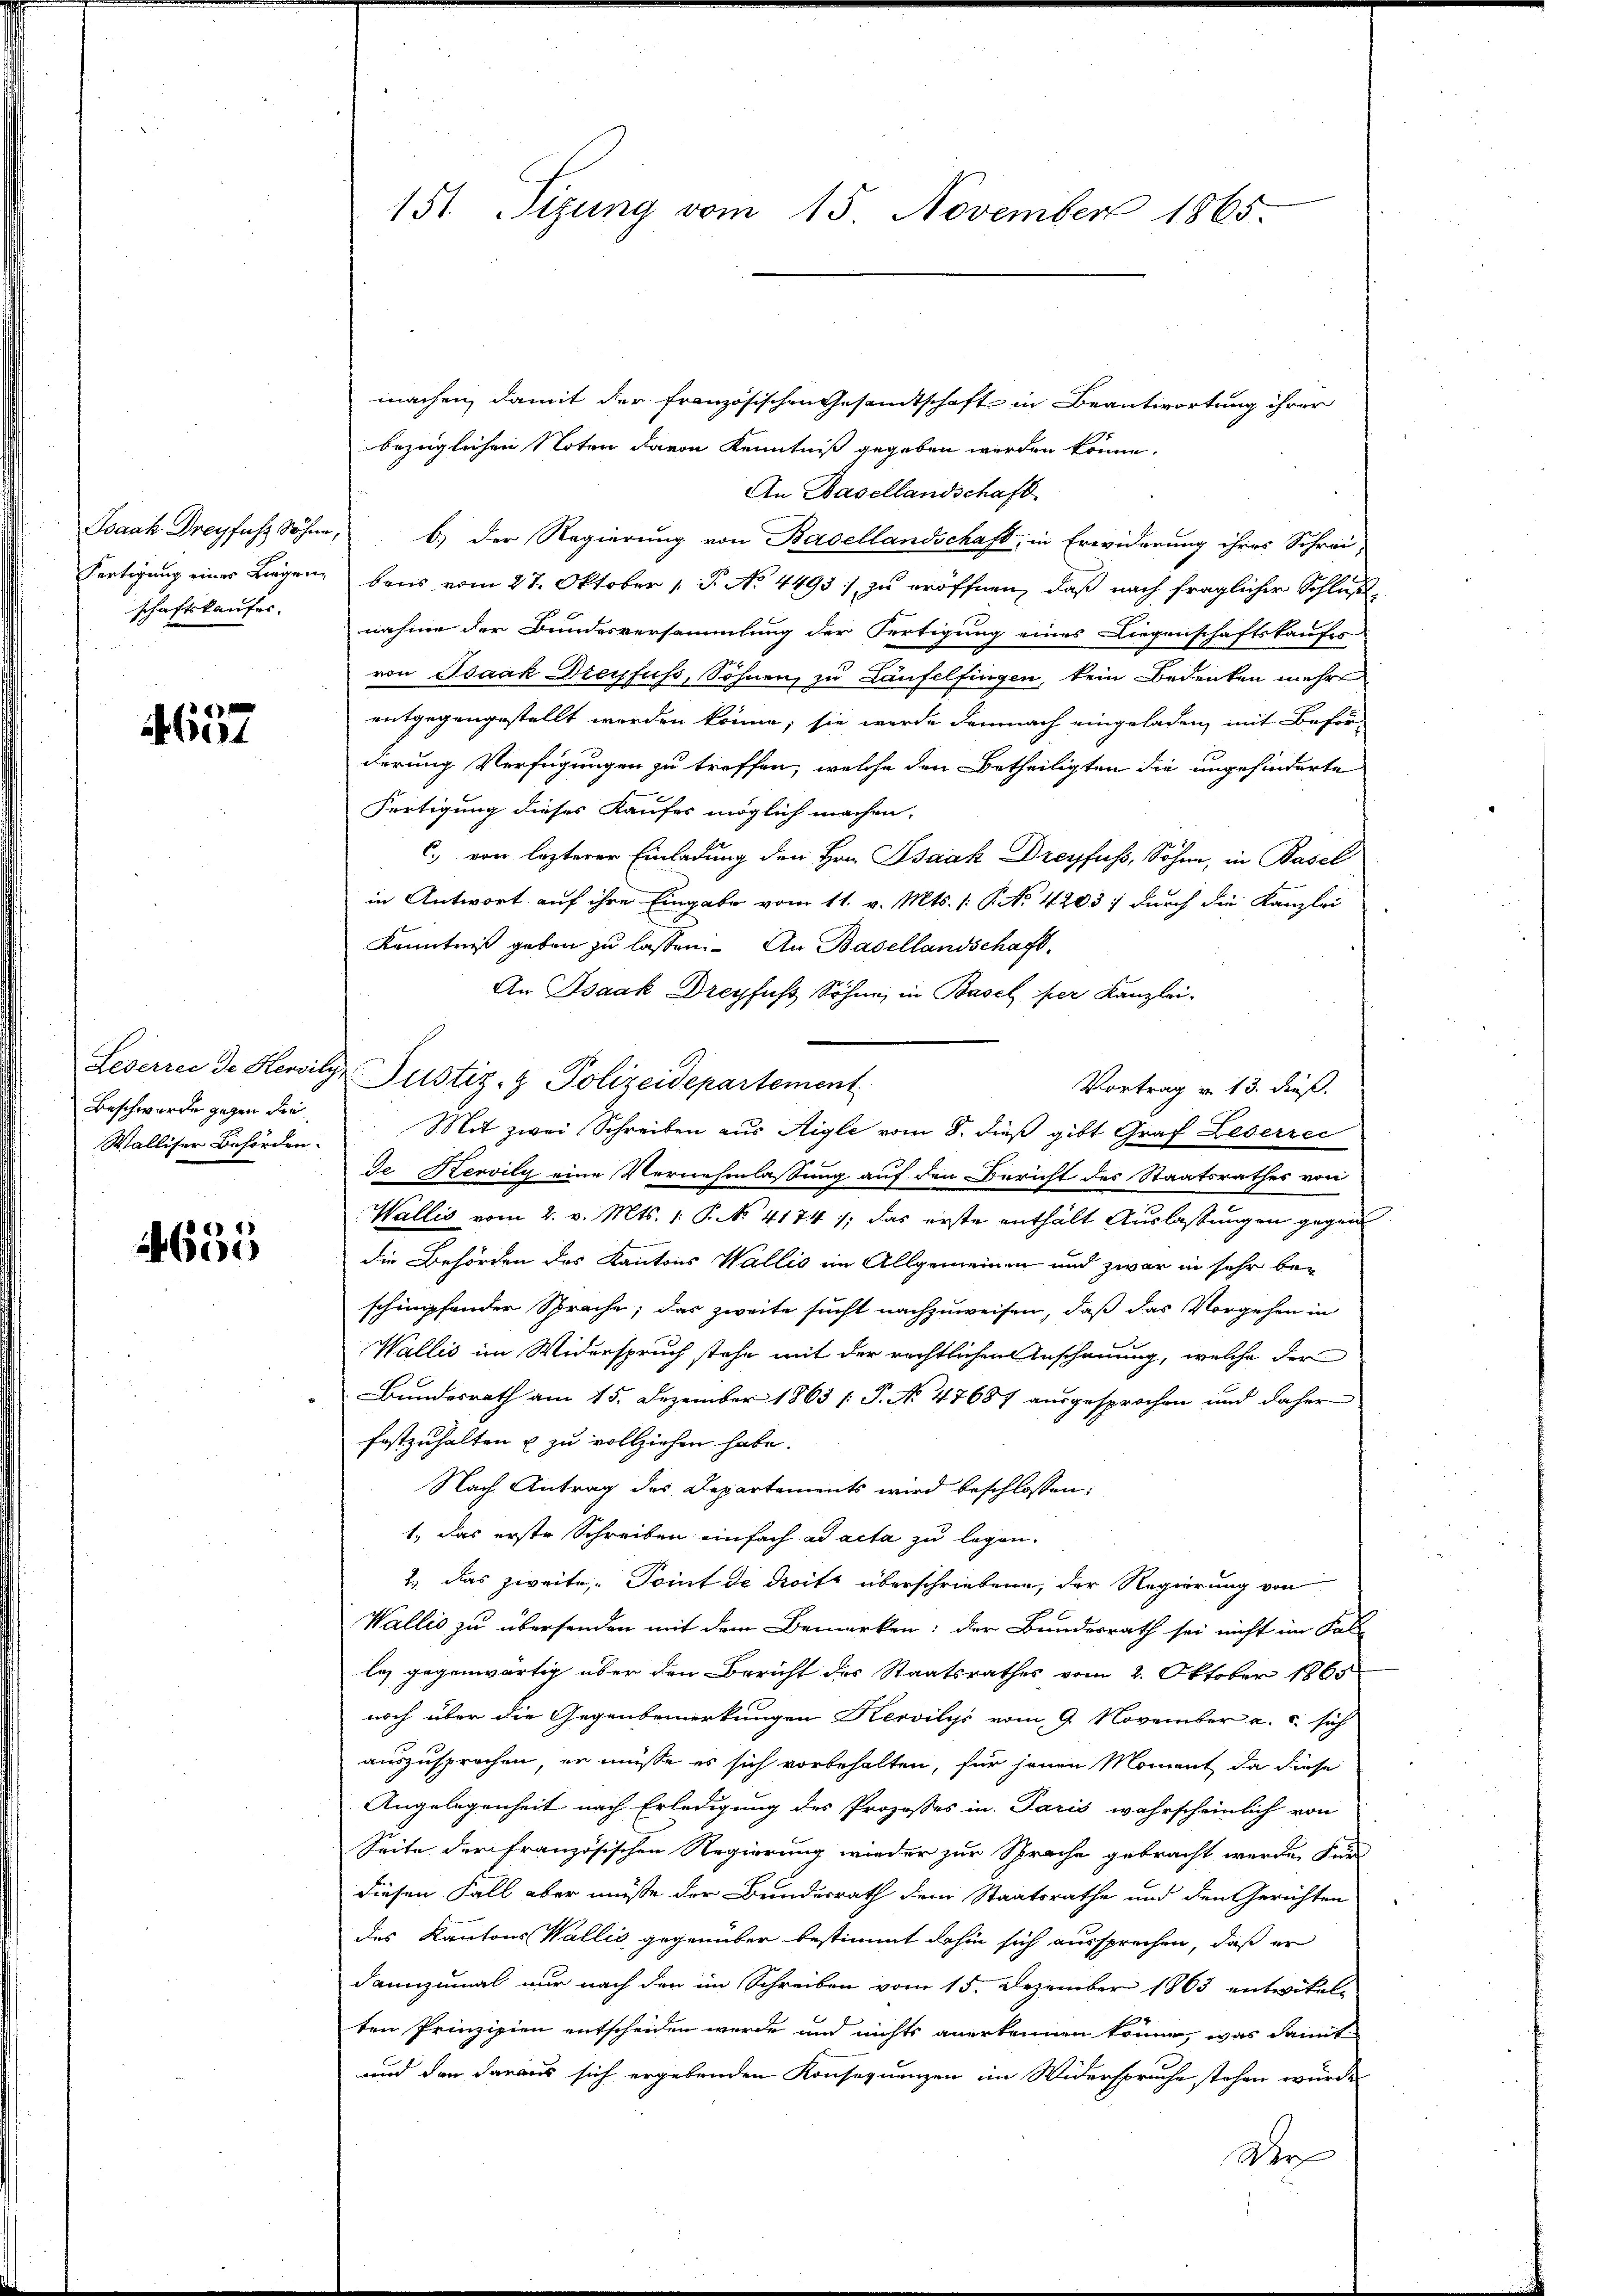
schaftskaufes.

657

Beschwerde gegen die
Walliser Behörden.

4655

machen, damit der französischen Gesamtschaft in Beantwortung ihrer
bezüglichen Noten davon Kenntniß gegeben werden könne.
An Basellandschaft.
Isaak Dreyfach Söhne; b.) Der Regierung von Basellandschaft, in Erwiderung ihres Schrei¬
Fertigung eines Liegen, beis vom 27. Oktober 1 P. No 4493. zu eröffnen, daß nach fraglicher Schlußnahme der Bundesversammlung der Fertigung eines Liegenschaftskaufes
von Isaak Dreyfuss, Söhnen, zu Laufelfingen, kein Bedenken mehre
entgegengestellt werden könne; sie wurde demnach eingeladen, mit Beför-
derung Verfügungen zu treffen, welche den Betheiligten die ungehinderte
Fertigung dieses Kaufes möglich machen.
C. von lezterer Einladung den Hrn. Psaak Dreyfuss, Sohne, in Basel
in Antwort auf ihre Eingabe vom 11. v. Mts. (: P. No. 4203: durch die Kanzlei
Kenntniß geben zu lassen. An Basellandschaft,
An Isaak Dreyfuß Söhne, in Basel per Kanzlei-
Leserrei de Herily Justiz- & Polizeidepartement
Vortrag v. 13. Fuß.
Mit zwei Schreiben aus Aigle vom 8. dieß gibt Graf Leserrei
de Kervily eine Vernehmlassung auf den Bericht des Staatsrathes von
Wallis vom 2. v. Mts. 1. P. No. 41741; das erste enthält Auslassungen gegen
die Behörden des Kantons Wallis im Allgemeinen und zwar in sehr be-
schimpfender Sprache; das zweite sucht nachzuweisen, daß das Vorgehen in
Wallis im Widerspruch stehe mit der rechtlichen Anschauung, welche der
Bundesrath am 15. Dezember 1863 /: P. No 47687 ausgesprochen und daher
festzuhalten u zu vollziehen habe.
Nach Antrag des Departements wird beschlossen:
1., das erste Schreiben einfach ad acta zu legen.
2. das zweite - Point de droits überschriebene, der Regierung von
Wallis zu übersenden mit dem Bemerken: der Bundesrath sei nicht im Sal-
les gegenwärtig über den Bericht des Staatsrathes vom 2. Oktober 1865
noch über die Gegenbemerkungen Hervilys vom 9. November a. c. sich
auszusprechen, er müsse es sich vorbehalten, für jenen Moment, da diese
Angelegenheit nach Erledigung des Prozesses in Paris wahrscheinlich von
Seite der französischen Regierung wieder zur Sprache gebracht werden Fund
diesen Fall aber müsse der Bundesrath dem Staatsrathe und den Gerichten
des Kantons Wallis gegenüber bestimmt dahin sich aussprechen, daß er
dannzumal nur nach den im Schreiben vom 15. Dezember 1863 entwickel¬
1
ten Prinzipien entscheiden werde und nichts anerkennen könne, was damit
und der daraus sich ergebenden Konsequenzen im Widerspruche stehen würde
Ar

151. Sizung vom 15. November 1865.